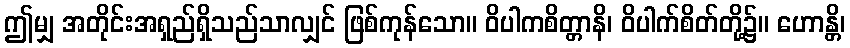
ဤမျှ အတိုင်းအရှည်ရှိသည်သာလျှင် ဖြစ်ကုန်သော။ ဝိပါကစိတ္တာနိ၊ ဝိပါက်စိတ်တို့၌။ ဟောန္တိ၊